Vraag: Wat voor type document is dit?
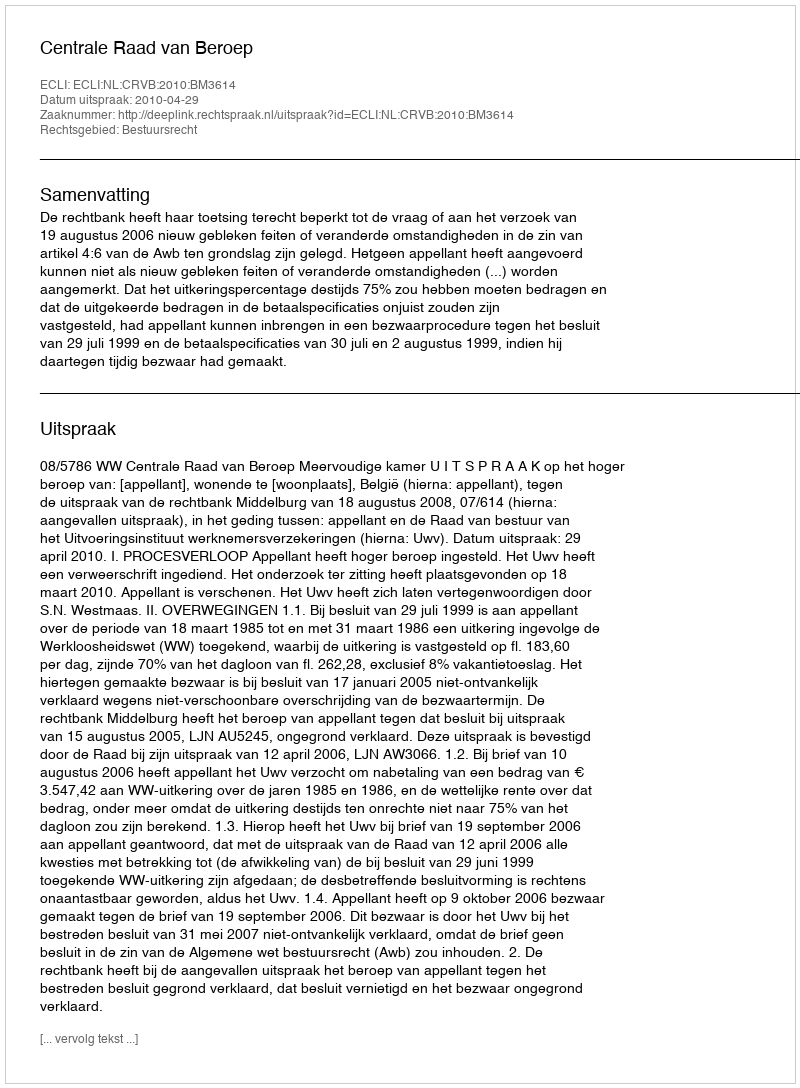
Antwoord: Uitspraak